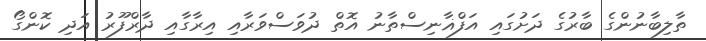
ތާލިބާނުންގެ ބާރުގެ ދަށުގައި އަފްޣާނިސްތާނު އޮތް ދުވަސްވަރާއި އިރާގާއި ދާރްފޫރު އަދި ކޮންގޯ